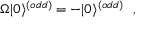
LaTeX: \Omega | 0 \rangle ^ { ( o d d ) } = - | 0 \rangle ^ { ( o d d ) } ~ ~ ,